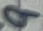
Text: 9